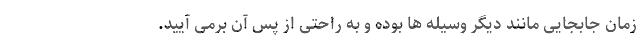
زمان جابجایی مانند دیگر وسیله­ ها بوده و به راحتی از پس آن برمی­ آیید.